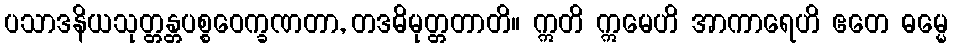
ပသာဒနိယသုတ္တန္တပစ္စဝေက္ခဏတာ, တဒဓိမုတ္တတာတိ။ ဣတိ ဣမေဟိ အာကာရေဟိ ဧတေ ဓမ္မေ